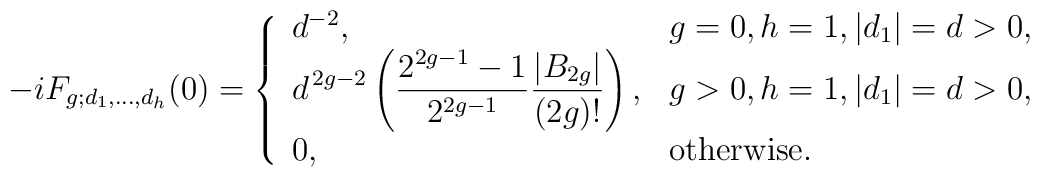
-i F_{g;d_1,\ldots,d_h}(0) = \left\{ \begin{array}{ll}      {d^{-2}} ,  & g=0,h=1, |d_1|=d > 0, \\ \displaystyle     d^{\,2g-2} \left({2^{2g-1} -1 \over 2^{2g-1}} {|B_{2g}|\over (2g)!}\right)                ,     & g>0, h=1, |d_1|=d>0,\\      0 , & \mbox{otherwise}.     \end{array} \right.